Civil Veterinary Dept. North-West Frontier Province 1901-22 - 1901-1922
Year: 1901
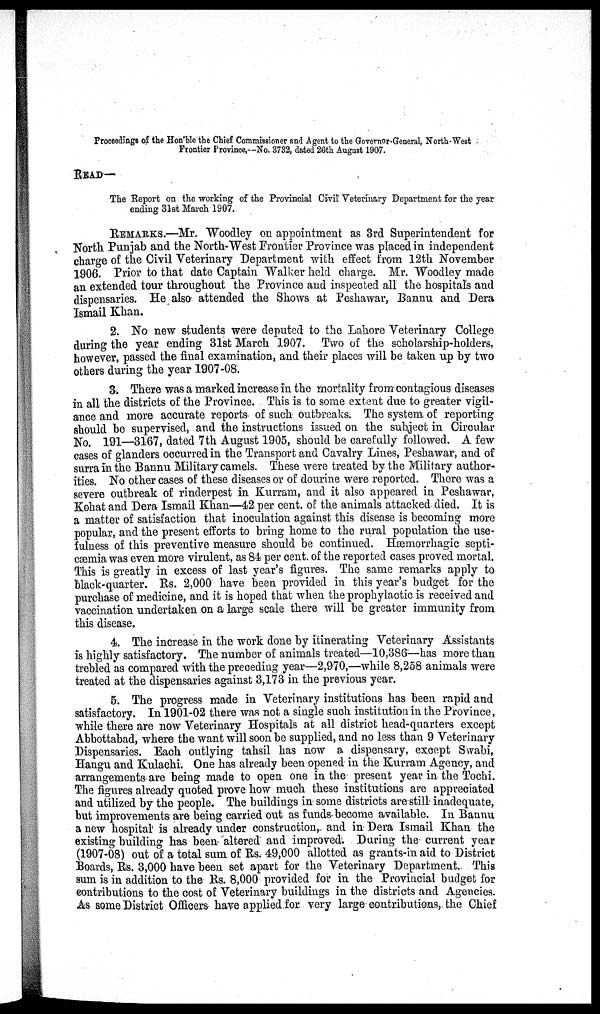
Proceedings of the Hon'ble the Chief Commissioner and Agent to the Governor-General, North-West
Frontier Province,—No. 3732, dated 26th August 1907.
READ—
The Report on the working of the Provincial Civil Veterinary Department for the year
ending 31st March 1907.
REMARKS.—Mr. Woodley on appointment as 3rd Superintendent for
North Punjab and the North-West Frontier Province was placed in independent
charge of the Civil Veterinary Department with effect from 12th November
1906. Prior to that date Captain Walker held charge. Mr. Woodley made
an extended tour throughout the Province and inspected all the hospitals and
dispensaries. He also attended the Shows at Peshawar, Bannu and Dera
Ismail Khan.
2. No new students were deputed to the Lahore Veterinary College
during the year ending 31st March 1907. Two of the scholarship-holders,
however, passed the final examination, and their places will be taken up by two
others during the year 1907-08.
3. There was a marked increase in the mortality from contagious diseases
in all the districts of the Province. This is to some extent due to greater vigil-
ance and more accurate reports of such outbreaks. The system of reporting
should be supervised, and the instructions issued on the subject in Circular
No. 191—3167, dated 7th August 1905, should be carefully followed. A few
cases of glanders occurred in the Transport and Cavalry Lines, Peshawar, and of
surra in the Bannu Military camels. These were treated by the Military author-
ities. No other cases of these diseases or of dourine were reported. There was a
severe outbreak of rinderpest in Kurram, and it also appeared in Peshawar,
Kohat and Dera Ismail Khan—42 per cent. of the animals attacked died. It is
a matter of satisfaction that inoculation against this disease is becoming more
popular, and the present efforts to bring home to the rural population the use-
fulness of this preventive measure should be continued. Hæmorrhagic septi¬
cæmia was even more virulent, as 84 per cent. of the reported cases proved mortal.
This is greatly in excess of last year's figures. The same remarks apply to
black-quarter. Rs. 2,000 have been provided in this year's budget for the
purchase of medicine, and it is hoped that when the prophylactic is received and
vaccination undertaken on a large scale there will be greater immunity from
this disease.
4. The increase in the work done by itinerating Veterinary Assistants
is highly satisfactory. The number of animals treated—10,386—has more than
trebled as compared with the preceding year—2,970,—while 8,258 animals were
treated at the dispensaries against 3,173 in the previous year.
5. The progress made in Veterinary institutions has been rapid and
satisfactory. In 1901-02 there was not a single such institution in the Province,
while there are now Veterinary Hospitals at all district head-quarters except
Abbottabad, where the want will soon be supplied, and no less than 9 Veterinary
Dispensaries. Each outlying tahsil has now a dispensary, except Swabi,
Hangu and Kulachi. One has already been opened in the Kurram Agency, and
arrangements are being made to open one in the present year in the Tochi.
The figures already quoted prove how much these institutions are appreciated
and utilized by the people. The buildings in some districts are still inadequate,
but improvements are being carried out as funds become available. In Bannu
a new hospital is already under construction, and in Dera Ismail Khan the
existing building has been altered and improved. During the current year
(1907-08) out of a total sum of Rs. 49,000 allotted as grants-in aid to District
Boards, Rs. 3,000 have been set apart for the Veterinary Department. This
sum is in addition to the Rs. 8,000 provided for in the Provincial budget for
contributions to the cost of Veterinary buildings in the districts and Agencies.
As some District Officers have applied for very large contributions, the Chief